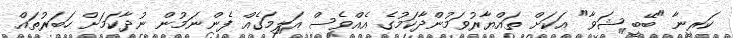
ކަރީނާ "ބޭބީ ޝަވާ" އަކަށް ތައްޔާރުވަމުންދާކަމުގެ އެއްވެސް އަލިމަގެއް ފެންނަމުން ނުދާކަމަށް ހަބަރުތައް